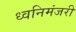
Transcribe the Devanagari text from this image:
ध्वनिमंजरी